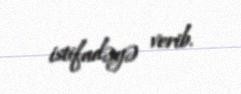
istifadəyə verib.